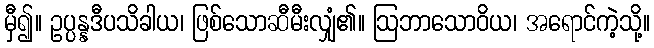
မှီ၍။ ဥပ္ပန္နဒီပသိခါယ၊ ဖြစ်သောဆီမီးလျှံ၏။ ဩဘာသောဝိယ၊ အရောင်ကဲ့သို့။